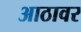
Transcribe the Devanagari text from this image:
आठावर